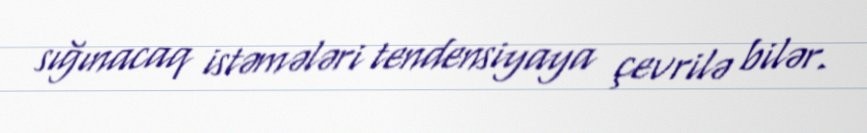
sığınacaq istəmələri tendensiyaya çevrilə bilər.